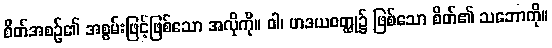
စိတ်အစဉ်၏ အစွမ်းဖြင့်ဖြစ်သော အလိုကို။ ဝါ၊ ဟဒယဝတ္ထု၌ ဖြစ်သော စိတ်၏ သဘောကို။